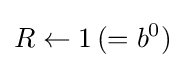
R\leftarrow 1\,(=b^{0})